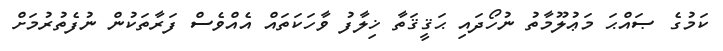
ކަމުގެ ޞައްޙަ މަޢުލޫމާތު ނުހޯދައި ޙަޤީޤަތާ ޚިލާފު ވާހަކަތައް އެއްވެސް ފަރާތަކުން ނުފެތުރުމަށް